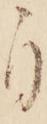
自